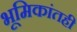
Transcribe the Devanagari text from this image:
भूमिकांतही